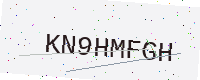
Text: KN9HMFGH